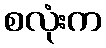
စလုံးက